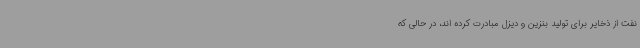
نفت از ذخایر برای تولید بنزین و دیزل مبادرت کرده اند، در حالی که